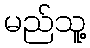
မည်သူ့